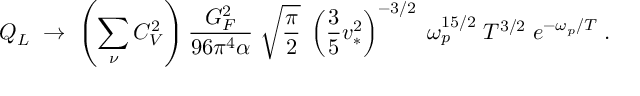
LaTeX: { Q _ { L } \; \rightarrow \; \left( \sum _ { \nu } C _ { V } ^ { 2 } \right) { \frac { G _ { F } ^ { 2 } } { 9 6 \pi ^ { 4 } \alpha } } \; \sqrt { { \frac { \pi } { 2 } } } \; \left( { \frac { 3 } { 5 } } v _ { * } ^ { 2 } \right) ^ { - 3 / 2 } \; \omega _ { p } ^ { 1 5 / 2 } \; T ^ { 3 / 2 } \; e ^ { - \omega _ { p } / T } \; . }